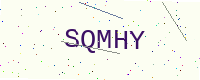
Text: SQMHY